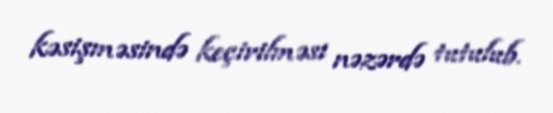
kəsişməsində keçirilməsi nəzərdə tutulub.